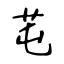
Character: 芚